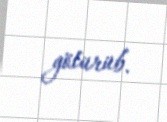
götürüb.